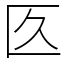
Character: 匛